Annual report of the Civil Veterinary Department, Bengal, for the year 1897-98 - 1897-1898
Year: 1897
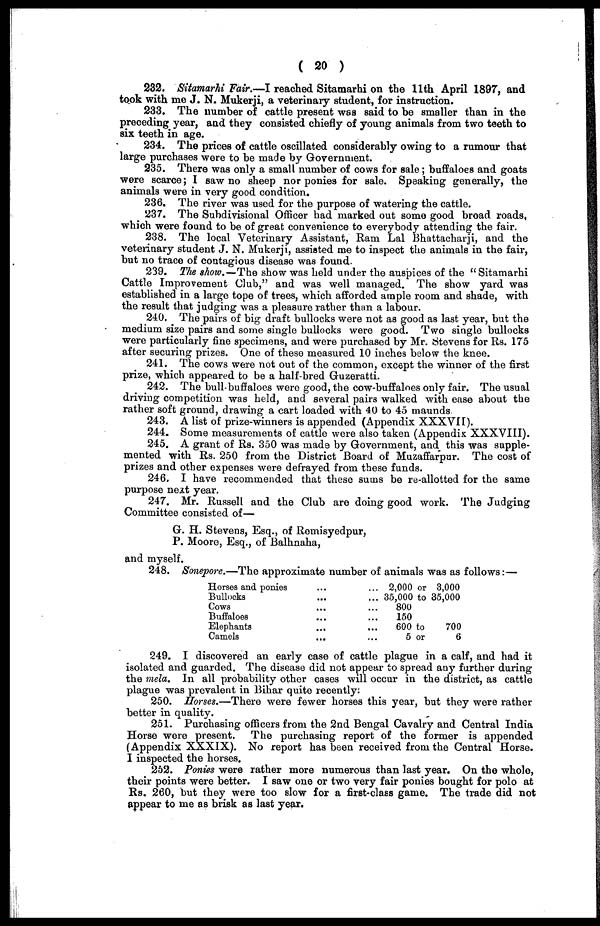
( 20 )
232. Sitamarhi Fair.—I reached Sitamarhi on the 11th April 1897, and
took with me J. N. Mukerji, a veterinary student, for instruction.
233. The number of cattle present was said to be smaller than in the
preceding year, and they consisted chiefly of young animals from two teeth to
six teeth in age.
234. The prices of cattle oscillated considerably owing to a rumour that
large purchases were to be made by Government.
235. There was only a small number of cows for sale ; buffaloes and goats
were scarce ; I saw no sheep nor ponies for sale. Speaking generally, the
animals were in very good condition.
236. The river was used for the purpose of watering the cattle.
237. The Subdivisional Officer had marked out some good broad roads,
which were found to be of great convenience to everybody attending the fair.
238. The local Veterinary Assistant, Ram Lal Bhattacharji, and the
veterinary student J. N. Mukerji, assisted me to inspect the animals in the fair,
but no trace of contagious disease was found.
239. The show.—The show was held under the auspices of the "Sitamarhi
Cattle Improvement Club," and was well managed. The show yard was
established in a large tope of trees, which afforded ample room and shade, with
the result that judging was a pleasure rather than a labour.
240. The pairs of big draft bullocks were not as good as last year, but the
medium size pairs and some single bullocks were good. Two single bullocks
were particularly fine specimens, and were purchased by Mr. Stevens for Rs. 175
after securing prizes. One of these measured 10 inches below the knee.
241. The cows were not out of the common, except the winner of the first
prize, which appeared to be a half-bred Guzeratti.
242. The bull buffaloes were good, the cow-buffaloes only fair. The usual
driving competition was held, and several pairs walked with ease about the
rather soft ground, drawing a cart loaded with 40 to 45 maunds
243. A list of prize-winners is appended (Appendix XXXVII).
244. Some measurements of cattle were also taken (Appendix XXXVIII).
245. A grant of Rs. 350 was made by Government, and this was supple-
mented with Rs. 250 from the District Board of Muzaffarpur. The cost of
prizes and other expenses were defrayed from these funds.
246. I have recommended that these sums be re-allotted for the same
purpose next year.
247. Mr. Russell and the Club are doing good work. The Judging
Committee consisted of—
G. H. Stevens, Esq., of Remisyedpur,
P. Moore, Esq., of Balhnaha,
and myself.
248. Sonepore.—The approximate number of animals was as follows:—
Horses and ponies
Bullocks
Cows
Buffaloes
Elephants
Camels
...
...
...
...
...
...
...
...
...
...
...
...
2,000 or 3,000
35,000 to 35,000
800
150
600 to
700
5 or
6
249. I discovered an early case of cattle plague in a calf, and had it
isolated and guarded. The disease did not appear to spread any further during
the mela. In all probability other cases will occur in the district, as cattle
plague was prevalent in Bihar quite recently.
250. Horses.—There were fewer horses this year, but they were rather
better in quality.
251. Purchasing officers from the 2nd Bengal Cavalry and Central India
Horse were present.
The purchasing report of the former is appended
(Appendix XXXIX). No report has been received from the Central Horse.
I inspected the horses.
252. Ponies were rather more numerous than last year. On the whole,
their points were better. I saw one or two very fair ponies bought for polo at
Rs. 260, but they were too slow for a first-class game. The trade did not
appear to me as brisk as last year.